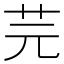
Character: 芫